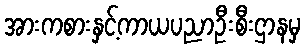
အားကစားနှင့်ကာယပညာဦးစီးဌာနမှ